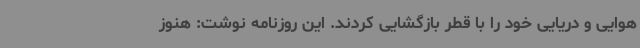
هوایی و دریایی خود را با قطر بازگشایی کردند. این روزنامه نوشت: هنوز